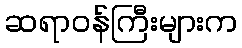
ဆရာဝန်ကြီးများက